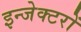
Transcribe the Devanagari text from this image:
इन्जेक्टरों